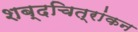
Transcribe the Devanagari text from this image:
शब्दचित्रांकन